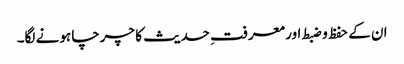
ان کے حفظ و ضبط اور معرفتِ حدیث کا چرچا ہونے لگا۔